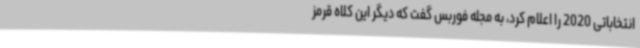
انتخاباتی 2020 را اعلام کرد، به مجله فوربس گفت که دیگر این کلاه قرمز